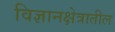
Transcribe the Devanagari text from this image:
विज्ञानक्षेत्रातील